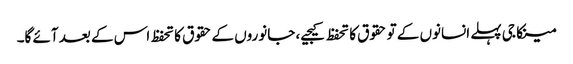
مینکا جی پہلے انسانوں کے تو حقوق کا تحفظ کیجیے، جانوروں کے حقوق کا تحفظ اس کے بعد آئے گا۔